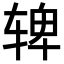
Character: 𬨌